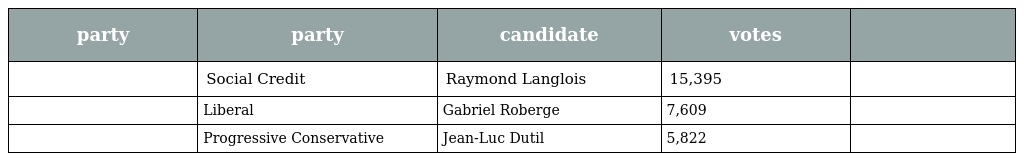
| party | party | candidate | votes |  |
 | --- | --- | --- | --- | --- |
 |  | Social Credit | Raymond Langlois | 15,395 |  |
 |  | Liberal | Gabriel Roberge | 7,609 |  |
 |  | Progressive Conservative | Jean-Luc Dutil | 5,822 |  |